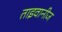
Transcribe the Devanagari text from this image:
ताइवानीज